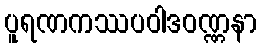
ပူရဏကဿပဝါဒဝဏ္ဏနာ